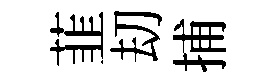
韮刧捕